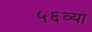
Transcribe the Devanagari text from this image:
५६व्या